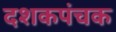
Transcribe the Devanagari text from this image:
दशकपंचक